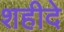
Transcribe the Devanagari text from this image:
शहीदे